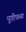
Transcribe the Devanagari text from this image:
पूगीफळ